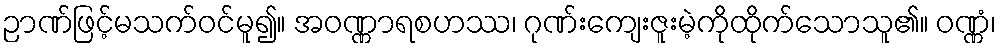
ဉာဏ်ဖြင့်မသက်ဝင်မူ၍။ အဝဏ္ဏာရစဟဿ၊ ဂုဏ်းကျေးဇူးမဲ့ကိုထိုက်သောသူ၏။ ဝဏ္ဏံ၊